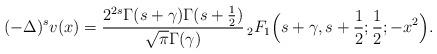
LaTeX: \begin{align*}(-\Delta)^{s} v(x)&=\frac{2^{2s}\Gamma(s+\gamma)\Gamma(s+\frac{1}{2})}{\sqrt{\pi}\Gamma(\gamma)}\, {}_{2}F_{1}\Big(s+\gamma,s+\frac{1}{2};\frac{1}{2};-x^2\Big).\end{align*}